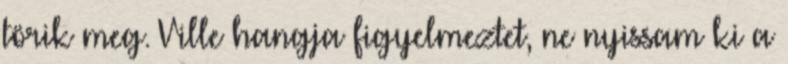
törik meg. Ville hangja figyelmeztet, ne nyissam ki a